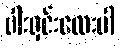
ဗါးရှင်းလေးပါ